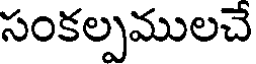
సంకల్పములచే